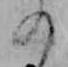
の